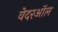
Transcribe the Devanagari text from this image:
वेदरऑल